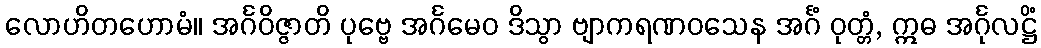
လောဟိတဟောမံ။ အင်္ဂဝိဇ္ဇာတိ ပုဗ္ဗေ အင်္ဂမေဝ ဒိသွာ ဗျာကရဏဝသေန အင်္ဂံ ဝုတ္တံ, ဣဓ အင်္ဂုလဋ္ဌိံ